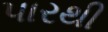
પારથી